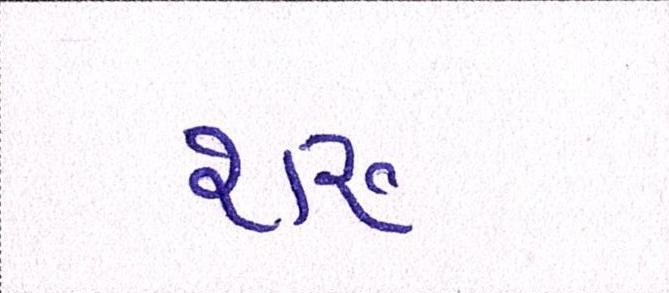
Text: શરુ